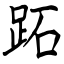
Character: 跖